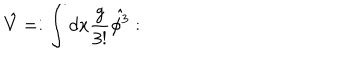
LaTeX: \hat { V } = : \int d x \frac { g } { 3 ! } \hat { \phi ^ { 3 } } :